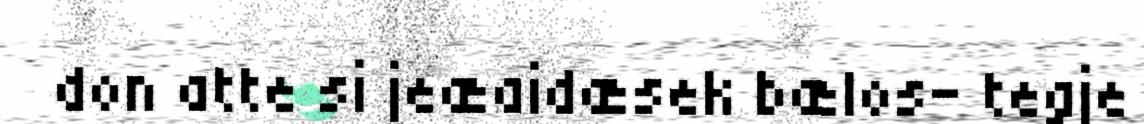
don atte si jeæaidæsek bælos- tegje